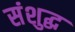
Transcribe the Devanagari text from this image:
संशुद्ध